King Institute of Preventive Medicine Micro-Biological Section reports 1912-19
Year: 1912
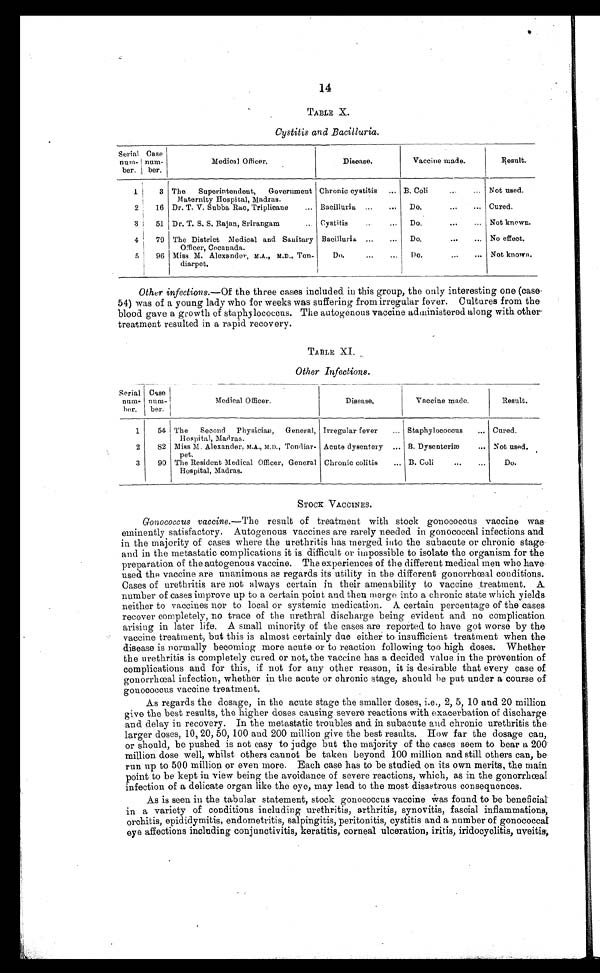
14
TABLE X.
Cystitis and Bacilluria.
Serial
num-
ber.
Case
num-ber.
Medical Officer.
Disease.
Vaccine made.
Result.
1
3 The Superintendent, Government
Maternity Hospital, Madras.
Chronic cystitis . . . B. Coli . . . Not used.
2
16 Dr. T. V. Subba Rao, Triplicane . . . Bacilluria . . .
Do. . . . Cured.
3
51 Dr. T. S. S. Rajan, Srirangam . . . Cystitis . . . Do. . . .
Not known.
4
79 The District Medical and Sanitary
Officer, Cocanada.
Bacilluria . . .
Do. . . . No effect.
5
96 Miss M. Alexander, M.A., M.D., Ton-
diarpet.
Do. . . .
Do. . . . Not known.
Other infections.— Of the three cases included. in this group, the only interesting one (case
5 4 ) w a s o f a y o u n g l a d y w h o f o r w e e k s w a s s u f f e r i n g f r o m i r r e g u l a r f e v e r . C u l t u r e s f r o m t h e
blood gave a growth of staphylococcus. The autogenous vaccine administered along with other
- t r e a t m e n t r e s u l t e d i n a r a p i d r e c o v e r y .
TABLE XI.
Other Infections.
Serial
num-
ber.
Case
num-
ber.
Medical Officer.
Disease.
Vaccine made.
Result.
__
1
54 The Second Physician, General,
Hospital, Madras.
Irregular fever . . . Staphylococcus . . . Cured.
2
82 Miss M. Alexander, M.A., M.D., Tondiar
-pet.
Acute dysentery . . . B. Dysenteriæ . . . Not used.
3
90 The Resident Medical Officer, General
Hospital, Madras.
Chronic colitis . . . B. Coli . . .
Do.
STOCK VACCINES.
Gonococcus vaccine .—The result of treatment with stock gonococcus vaccine was
eminently satisfactory. Autogenous vaccines are rarely needed in gonococcal infections and
in the majority of cases where the urethritis has merged into the subacute or chronic stage
and in the metastatic complications it is difficult or impossible to isolate the organism for the
preparation of the autogenous vaccine. The experiences of the different medical men who have
used the vaccine are unanimous as regards its utility in the different gonorrhœal conditions.
Cases of urethritis are not always certain in their amenability to vaccine treatment. A
number of cases improve up to a certain point and then merge into a chronic state which yields
neither to vaccines nor to local or systemic medication. A certain percentage of the cases
recover completely, no trace of the urethral discharge being evident and no complication
arising in later life. A small minority of the cases are reported to have got worse by the
vaccine treatment, but this is almost certainly due either to insufficient treatment when the
disease is normally becoming more acute or to reaction following too high doses. Whether
the urethritis is completely cured or not, the vaccine has a decided value in the prevention of
complications and for this, if not for any other reason, it is desirable that every case of
gonorrhœal infection, whether in the acute or chronic stage, should be put under a course of
gonococcus vaccine treatment.
As regards the dosage, in the acute stage the smaller doses, i.e., 2, 5, 10 and 20 million
give the best results, the higher doses causing severe reactions with exacerbation of discharge
and delay in recovery. In the metastatic troubles and in subacute and chronic urethritis the
larger doses, 10, 20, 50, 100 and 200 million give the best results. How far the dosage can,
or should, be pushed is not easy to judge but the majority of the cases seem to bear a 200
million dose well, whilst others cannot be taken beyond 100 million and still others can, be
run up to 500 million or even more. Each case has to be studied on its own merits, the main
point to be kept in view being the avoidance of severe reactions, which, as in the gonorrhœal
infection of a delicate organ like the eye, may lead to the most disastrous consequences.
As is seen in the tabular statement, stock gonococcus vaccine was a s f o u n d t o b e b e n e f i c i a l
in a variety of conditions including urethritis, arthritis, synovitis, fascial inflammations,
orchitis, epididymitis, endometritis, salpingitis, peritonitis, cystitis and a number of gonococcal
eye affections including conjunctivitis, keratitis, corneal ulceration, iritis, iridocyclitis, uveitis,